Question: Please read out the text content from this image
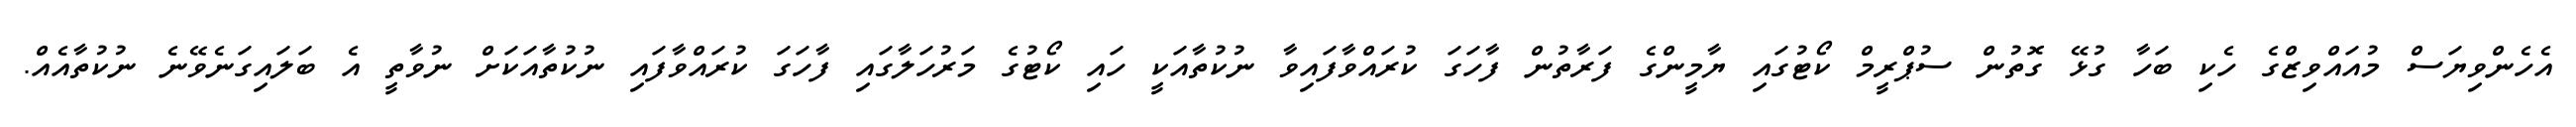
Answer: އެހެންވިޔަސް މުއައްވިޒްގެ ހެކި ބަހާ ގުޅޭ ގޮތުން ސުޕްރީމް ކޯޓުގައި ޔާމީންގެ ފަރާތުން ފާހަގަ ކުރައްވާފައިވާ ނުކުތާއަކީ ހައި ކޯޓުގެ މަރުހަލާގައި ފާހަގަ ކުރައްވާފައި ނުކުތާއަކަށް ނުވާތީ އެ ބަލައިގަނެވޭނެ ނުކުތާއެއް.